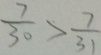
\frac { 7 } { 3 0 } > \frac { 7 } { 3 1 }